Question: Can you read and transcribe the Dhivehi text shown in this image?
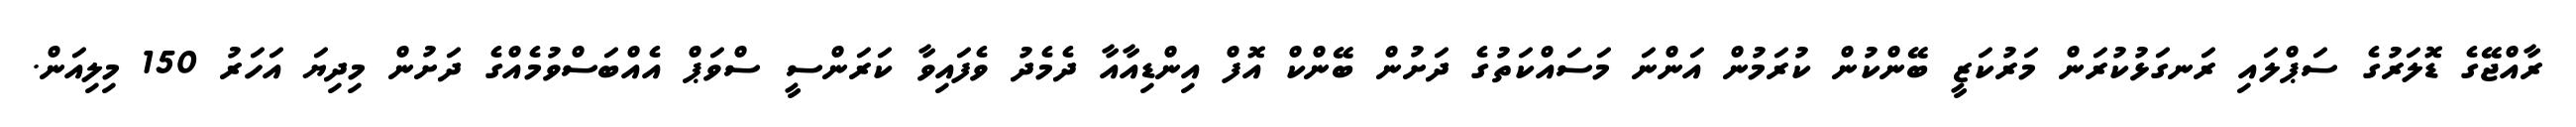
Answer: ރާއްޖޭގެ ޑޮލަރުގެ ސަޕްލައި ރަނގަޅުކުރަން މަރުކަޒީ ބޭންކުން ކުރަމުން އަންނަ މަސައްކަތުގެ ދަށުން ބޭންކް އޮފް އިންޑިއާއާ ދެމެދު ވެފައިވާ ކަރަންސީ ސްވަޕް އެއްބަސްވުމެއްގެ ދަށުން މިދިޔަ އަހަރު 150 މިލިއަން.